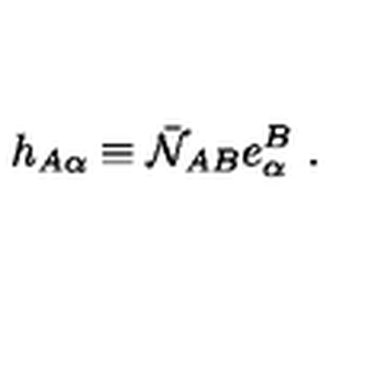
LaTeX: h _ { A \alpha } \equiv \bar { \cal N } _ { A B } e _ { \alpha } ^ { B } \ .